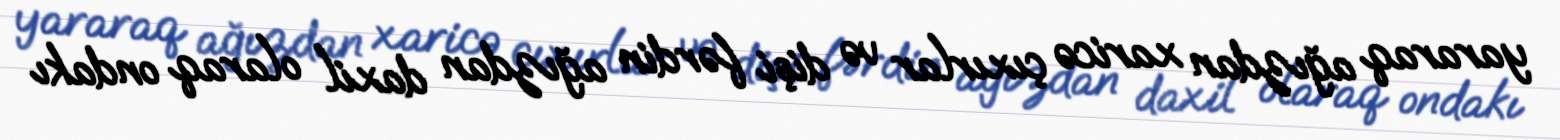
yararaq ağızdan xaricə çıxırlar və dişi fərdin ağızdan daxil olaraq ondakı